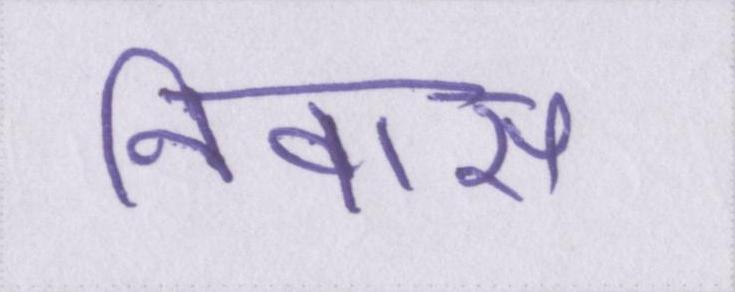
निवास